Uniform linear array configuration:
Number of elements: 24
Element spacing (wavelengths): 1
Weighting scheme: uniform
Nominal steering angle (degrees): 0
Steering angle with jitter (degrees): -1.384
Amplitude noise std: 0.05
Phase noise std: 0.05

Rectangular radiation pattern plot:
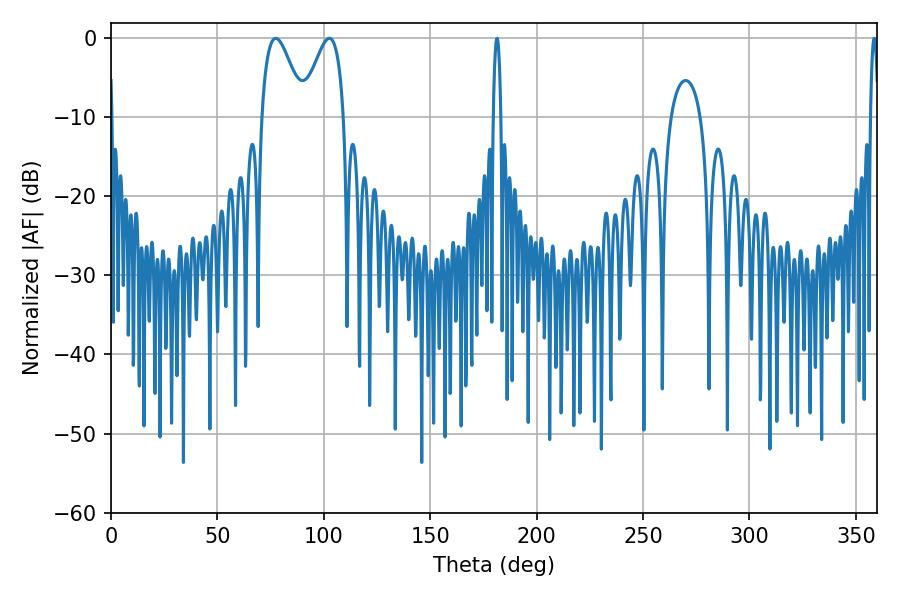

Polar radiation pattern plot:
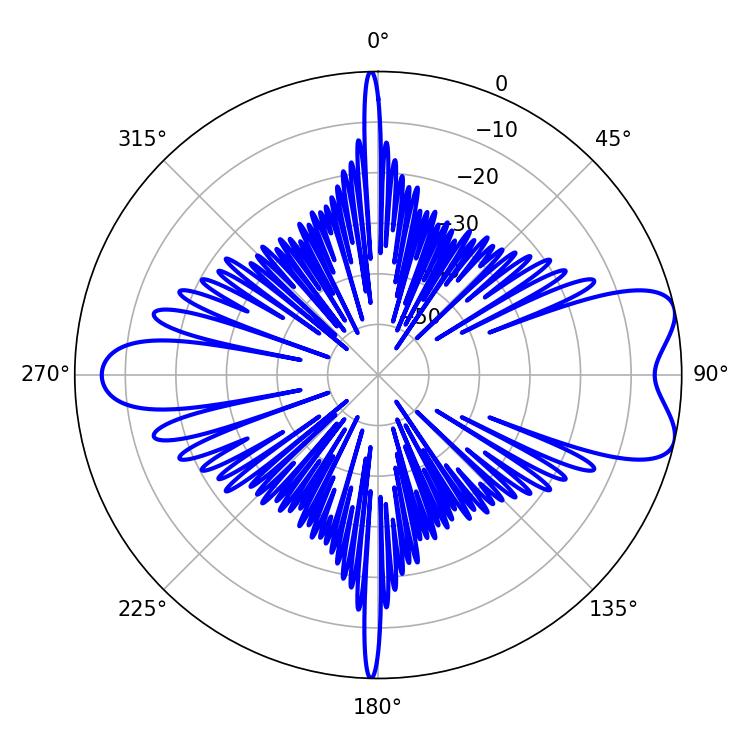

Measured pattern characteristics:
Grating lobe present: TRUE
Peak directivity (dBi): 7.805
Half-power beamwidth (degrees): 10.62
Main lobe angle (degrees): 77.4